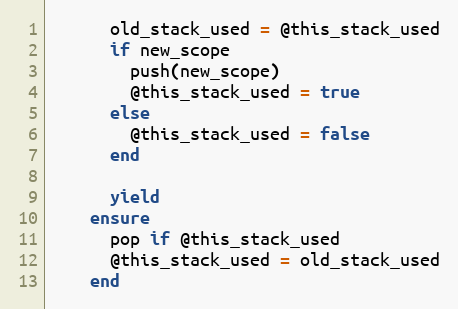
Language: Ruby
      old_stack_used = @this_stack_used
      if new_scope
        push(new_scope)
        @this_stack_used = true
      else
        @this_stack_used = false
      end

      yield
    ensure
      pop if @this_stack_used
      @this_stack_used = old_stack_used
    end